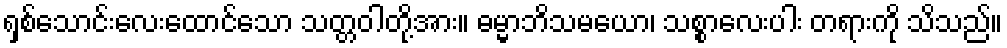
ရှစ်သောင်းလေးထောင်သော သတ္တဝါတို့အား။ ဓမ္မာဘိသမယော၊ သစ္စာလေးပါး တရားကို သိသည်။